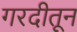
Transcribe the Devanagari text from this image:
गरदीतून